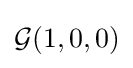
{\mathcal {G}}(1,0,0)